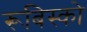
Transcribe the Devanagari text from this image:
रूबिस्को